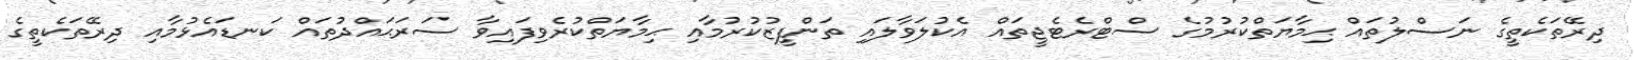
ދިރޭތަކެތީގެ ނަސްލުތައް ޙިމާޔަތްކުރުމުގެ ސްޓްރެޓެޖީތައް އެކުލަވާލައި ތަންފީޒުކުރުމާއި ޙިމާޔަތްކުރެވިފައިވާ ސަރަޙައްދުތައް ކަނޑައެޅުމާއި ދިރޭތަކެތީގެ